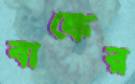
বাঙ্কের